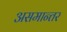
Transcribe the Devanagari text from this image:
असमान्तर